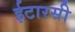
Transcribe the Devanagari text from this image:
ईटारसी